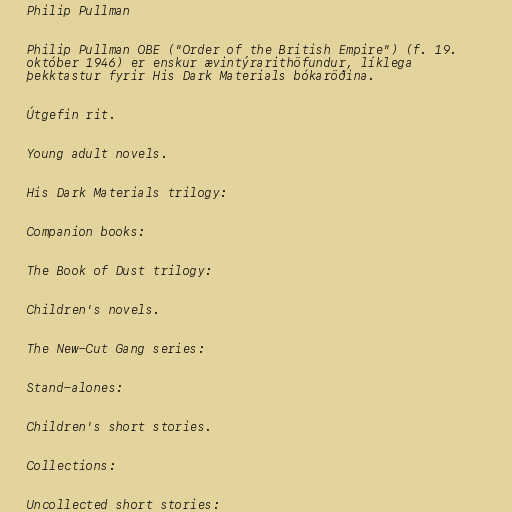
Philip Pullman

Philip Pullman OBE ("Order of the British Empire") (f. 19.
október 1946) er enskur ævintýrarithöfundur, líklega
þekktastur fyrir His Dark Materials bókaröðina.

Útgefin rit.

Young adult novels.

His Dark Materials trilogy:

Companion books:

The Book of Dust trilogy:

Children's novels.

The New-Cut Gang series:

Stand-alones:

Children's short stories.

Collections:

Uncollected short stories: